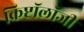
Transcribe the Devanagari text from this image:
क्रिप्टॉलॉजी